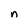
Character: n